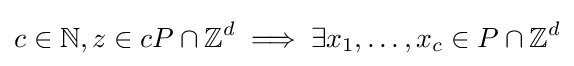
c\in \mathbb {N} ,z\in cP\cap \mathbb {Z} ^{d}\implies \exists x_{1},\ldots ,x_{c}\in P\cap \mathbb {Z} ^{d}